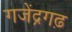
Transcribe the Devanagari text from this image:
गजेंद्रगढ़